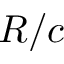
R / c